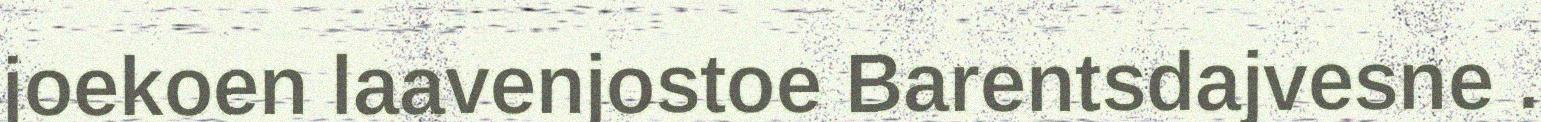
joekoen laavenjostoe Barentsdajvesne .